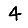
Digit: 4